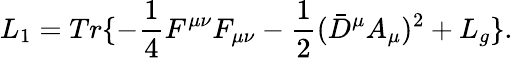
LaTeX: L_{1}=Tr\{ -\frac{1}{4}F^{\mu\nu}F_{\mu\nu}-\frac{1}{2}(\bar{D}^{\mu}A_{\mu})^{2}+L_{g}\} .